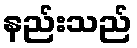
နည်းသည်